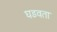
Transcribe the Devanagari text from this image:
घडवता